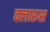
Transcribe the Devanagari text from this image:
क्लारुस